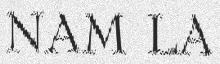
NAM LA